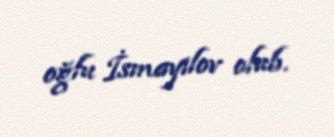
oğlu İsmayılov olub.